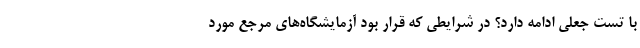
با تست جعلی ادامه دارد؟ در شرایطی که قرار بود آزمایشگاه‌های مرجع مورد